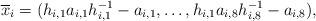
LaTeX: \begin{align*}\overline x_{i}=(h_{i,1}a_{i,1}h_{i,1}^{-1}-a_{i,1},\dots, h_{i,1}a_{i,8}h_{i,8}^{-1}-a_{i,8}),\end{align*}